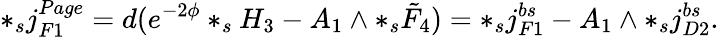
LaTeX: *_{s}j_{F1}^{Page}=d(e^{-2\phi}*_{s}H_{3}-A_{1}\wedge*_{s}\tilde{F}_{4})=*_{s}j_{F1}^{bs}-A_{1}\wedge*_{s}j_{D2}^{bs}.